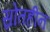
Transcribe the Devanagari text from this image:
स्रोतहीन